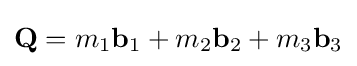
\mathbf {Q} =m_{1}\mathbf {b} _{1}+m_{2}\mathbf {b} _{2}+m_{3}\mathbf {b} _{3}